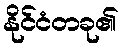
နိုင်ငံတခု၏